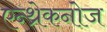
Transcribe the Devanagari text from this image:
एन्थ्रेकनोज